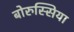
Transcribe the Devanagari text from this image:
बोरुस्सिया